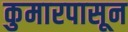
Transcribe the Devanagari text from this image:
कुमारपासून